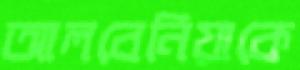
আলবেনিয়াকে